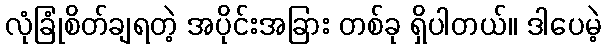
လုံခြုံစိတ်ချရတဲ့ အပိုင်းအခြား တစ်ခု ရှိပါတယ်။ ဒါပေမဲ့